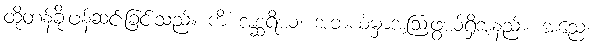
ထိုတန်ခိုးဖန်ဆင်းခြင်းသည်။ ကိံ အစ္ဆရိယံ၊ အဘယ်မှာအံ့ဩဖွယ်ရှိအံ့နည်း။ အညေ၊